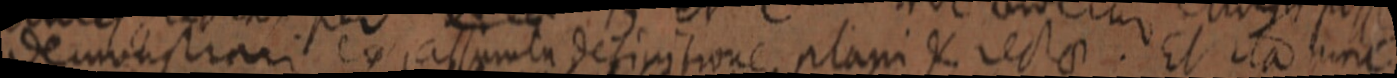
demonstrari ex assumta definitione plani K rectae. Et ita nunc